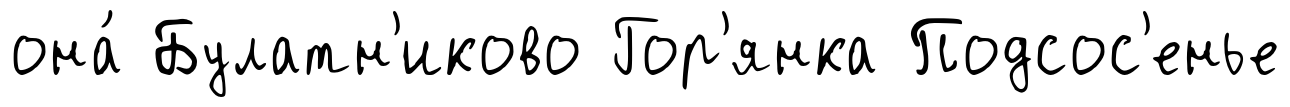
она́ Булатн'иково Гор'янка Подсос'енье